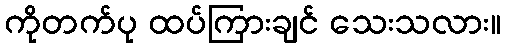
ကိုတက်ပု ထပ်ကြားချင် သေးသလား။